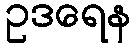
ဥဒရေန